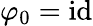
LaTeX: \varphi_{0}=\mathrm{id}